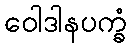
ဝေါဒါနပက္ခံ